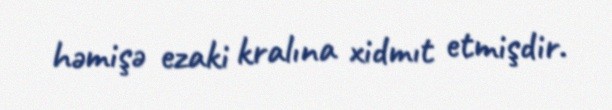
həmişə ezaki kralına xidmıt etmişdir.